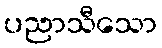
ပညာသီသော